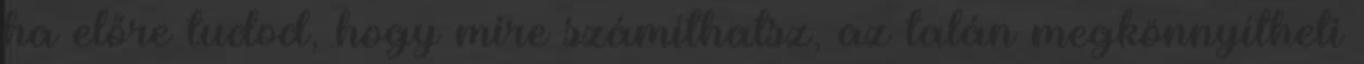
ha előre tudod, hogy mire számíthatsz, az talán megkönnyítheti